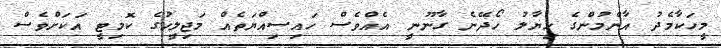
މީހަކާމެދު އާންމުންގެ ހިޔާލު ހޯދޭނެ ގާނޫނީ އެއްވެސް ހައިސިއްޔަތެއް މަޖިލީހުގެ ކޮމިޓީ އަކަށްވެސް